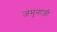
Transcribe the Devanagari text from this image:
जमुनाजी